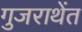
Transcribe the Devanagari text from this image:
गुजराथेंत